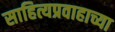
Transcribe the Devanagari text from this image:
साहित्यप्रवाहाच्या